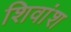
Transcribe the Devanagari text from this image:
शिवांश